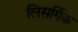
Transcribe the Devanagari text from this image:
लिसर्गिक